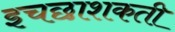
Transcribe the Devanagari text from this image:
इचछाशकती